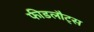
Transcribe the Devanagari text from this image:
फीडलौट्स